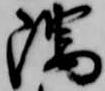
隅